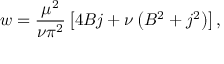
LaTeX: w = \frac { \mu ^ { 2 } } { \nu \pi ^ { 2 } } \left[ 4 B j + \nu \left( B ^ { 2 } + j ^ { 2 } \right) \right] ,